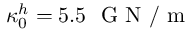
\kappa _ { 0 } ^ { h } = 5 . 5 ~ \mathrm { ~ G ~ N ~ / ~ m ~ }